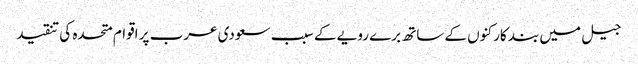
جیل میں بند کارکنوں کے ساتھ برے رویے کے سبب سعودی عرب پر اقوام متحدہ کی تنقید